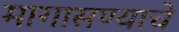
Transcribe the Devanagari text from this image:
मागासण्याचे